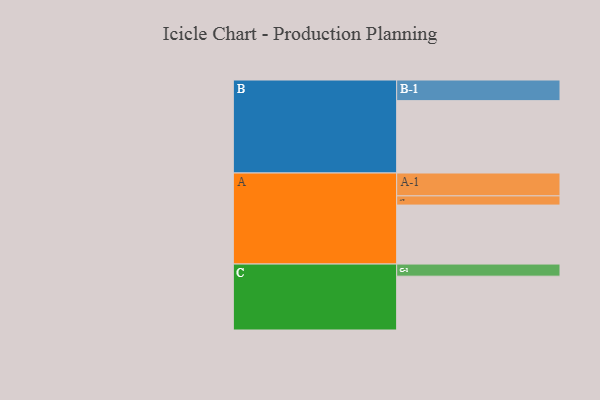
{"axis": {"x": "Segment", "y": "Value"}, "legend": ["", "A", "B", "C"], "data": [{"x": "A", "y": 423, "type": ""}, {"x": "B", "y": 519, "type": ""}, {"x": "C", "y": 386, "type": ""}, {"x": "A-1", "y": 164, "type": "A"}, {"x": "A-2", "y": 66, "type": "A"}, {"x": "B-1", "y": 148, "type": "B"}, {"x": "C-1", "y": 87, "type": "C"}]}